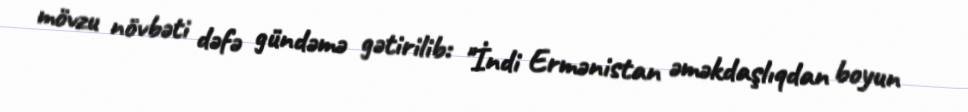
mövzu növbəti dəfə gündəmə gətirilib: "İndi Ermənistan əməkdaşlıqdan boyun